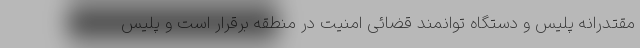
مقتدرانه پلیس و دستگاه توانمند قضائی امنیت در منطقه برقرار است و پلیس